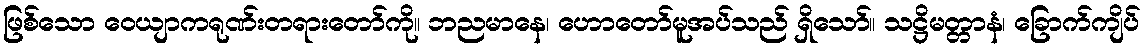
ဖြစ်သော ဝေယျာကရုဏ်းတရားတော်ကို။ ဘညမာနေ၊ ဟောတော်မူအပ်သည် ရှိသော်။ သဋ္ဌိမတ္တာနံ၊ ခြောက်ကျိပ်